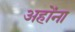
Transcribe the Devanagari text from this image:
अहोंना